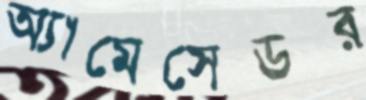
অ্যাম্বেসেডর